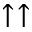
\uparrow \uparrow